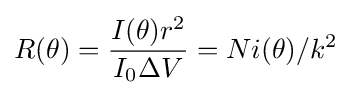
R(\theta )={\frac {I(\theta )r^{2}}{I_{0}\Delta V}}=Ni(\theta )/k^{2}